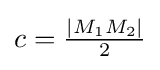
c={\tfrac {|M_{1}M_{2}|}{2}}